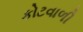
કોટવાળી